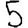
Digit: 5